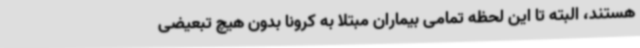
هستند، البته تا این لحظه تمامی بیماران مبتلا به کرونا بدون هیچ تبعیضی